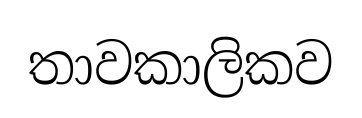
තාවකාලිකව